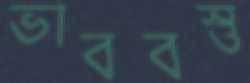
ভাববস্তু